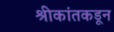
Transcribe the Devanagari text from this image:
श्रीकांतकडून